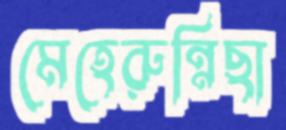
মেহেরুন্নিছা